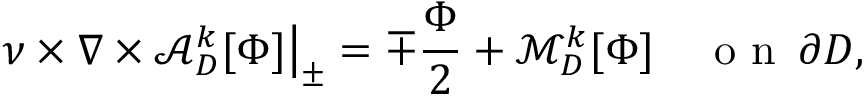
\nu \times \nabla \times \mathcal { A } _ { D } ^ { k } [ \Phi ] \big \vert _ { \pm } = \mp \frac { \Phi } { 2 } + \mathcal { M } _ { D } ^ { k } [ \Phi ] \quad \mathrm { ~ o ~ n ~ } \, \partial D ,